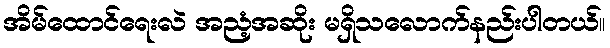
အိမ်ထောင်ရေးလဲ အညံ့အဆိုး မရှိသလောက်နည်းပါတယ်။